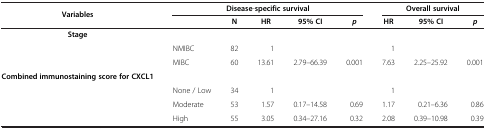
<table><thead><tr><td><b>Variables</b></td><td colspan="5"><b>Disease-specific survival</b></td><td colspan="3"><b>Overall survival</b></td></tr><tr><td><b> </b></td><td><b> </b></td><td><b>N</b></td><td><b>HR</b></td><td><b>95% CI</b></td><td><b><i>p</i></b></td><td><b>HR</b></td><td><b>95% CI</b></td><td><b><i>p</i></b></td></tr></thead><tbody><tr><td><b>Stage</b></td><td> </td><td> </td><td> </td><td> </td><td> </td><td> </td><td> </td><td> </td></tr><tr><td> </td><td>NMIBC</td><td>82</td><td>1</td><td> </td><td> </td><td>1</td><td> </td><td> </td></tr><tr><td> </td><td>MIBC</td><td>60</td><td>13.61</td><td>2.79–66.39</td><td>0.001</td><td>7.63</td><td>2.25–25.92</td><td>0.001</td></tr><tr><td><b>Combined immunostaining score for CXCL1</b></td><td> </td><td> </td><td> </td><td> </td><td> </td><td> </td><td> </td><td> </td></tr><tr><td> </td><td>None / Low</td><td>34</td><td>1</td><td> </td><td> </td><td>1</td><td> </td><td> </td></tr><tr><td> </td><td>Moderate</td><td>53</td><td>1.57</td><td>0.17–14.58</td><td>0.69</td><td>1.17</td><td>0.21–6.36</td><td>0.86</td></tr><tr><td> </td><td>High</td><td>55</td><td>3.05</td><td>0.34–27.16</td><td>0.32</td><td>2.08</td><td>0.39–10.98</td><td>0.39</td></tr></tbody></table>